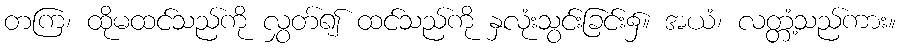
တကြ၊ ထိုမထင်သည်ကို လွှတ်၍ ထင်သည်ကို နှလုံးသွင်းခြင်း၌။ အယံ၊ လတ္တံ့သည်ကား။